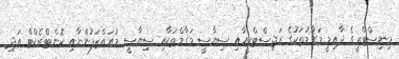
މިނިސްޓްރީގެ ދާއިމީ މަޤާމުތަކުގެ ރަޖިސްޓްރީއާއި ސިޔާސީ މަޤާމްތަކާއި ސިޔާސީ މުއައްޒަފުންނާއި ކޮންޓްރެކްޓް އަދި